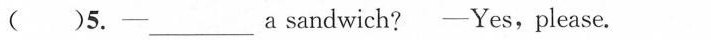
( ) 5. - ___ a sandwich ? -Yes,please.